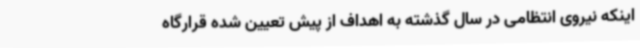
اینکه نیروی انتظامی در سال گذشته به اهداف از پیش تعیین شده قرارگاه